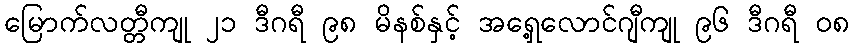
မြောက်လတ္တီကျု ၂၁ ဒီဂရီ ၉၈ မိနစ်နှင့် အရှေ့လောင်ဂျီကျု ၉၆ ဒီဂရီ ၀၈